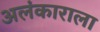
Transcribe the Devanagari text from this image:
अलंकाराला